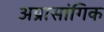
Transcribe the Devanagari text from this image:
अप्रासांगिक